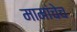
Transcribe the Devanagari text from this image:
मामांचेच